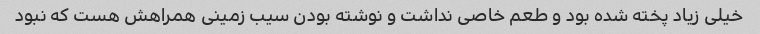
خیلی زیاد پخته شده بود و طعم خاصی نداشت و نوشته بودن سیب زمینی همراهش هست که نبود